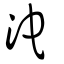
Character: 沱